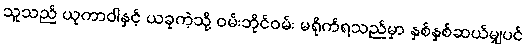
သူသည် ယုကာဝါနှင့် ယခုကဲ့သို့ ဝမ်းဘိုင်ဝမ်း မရိုက်ရသည်မှာ နှစ်နှစ်ဆယ်မျှပင်